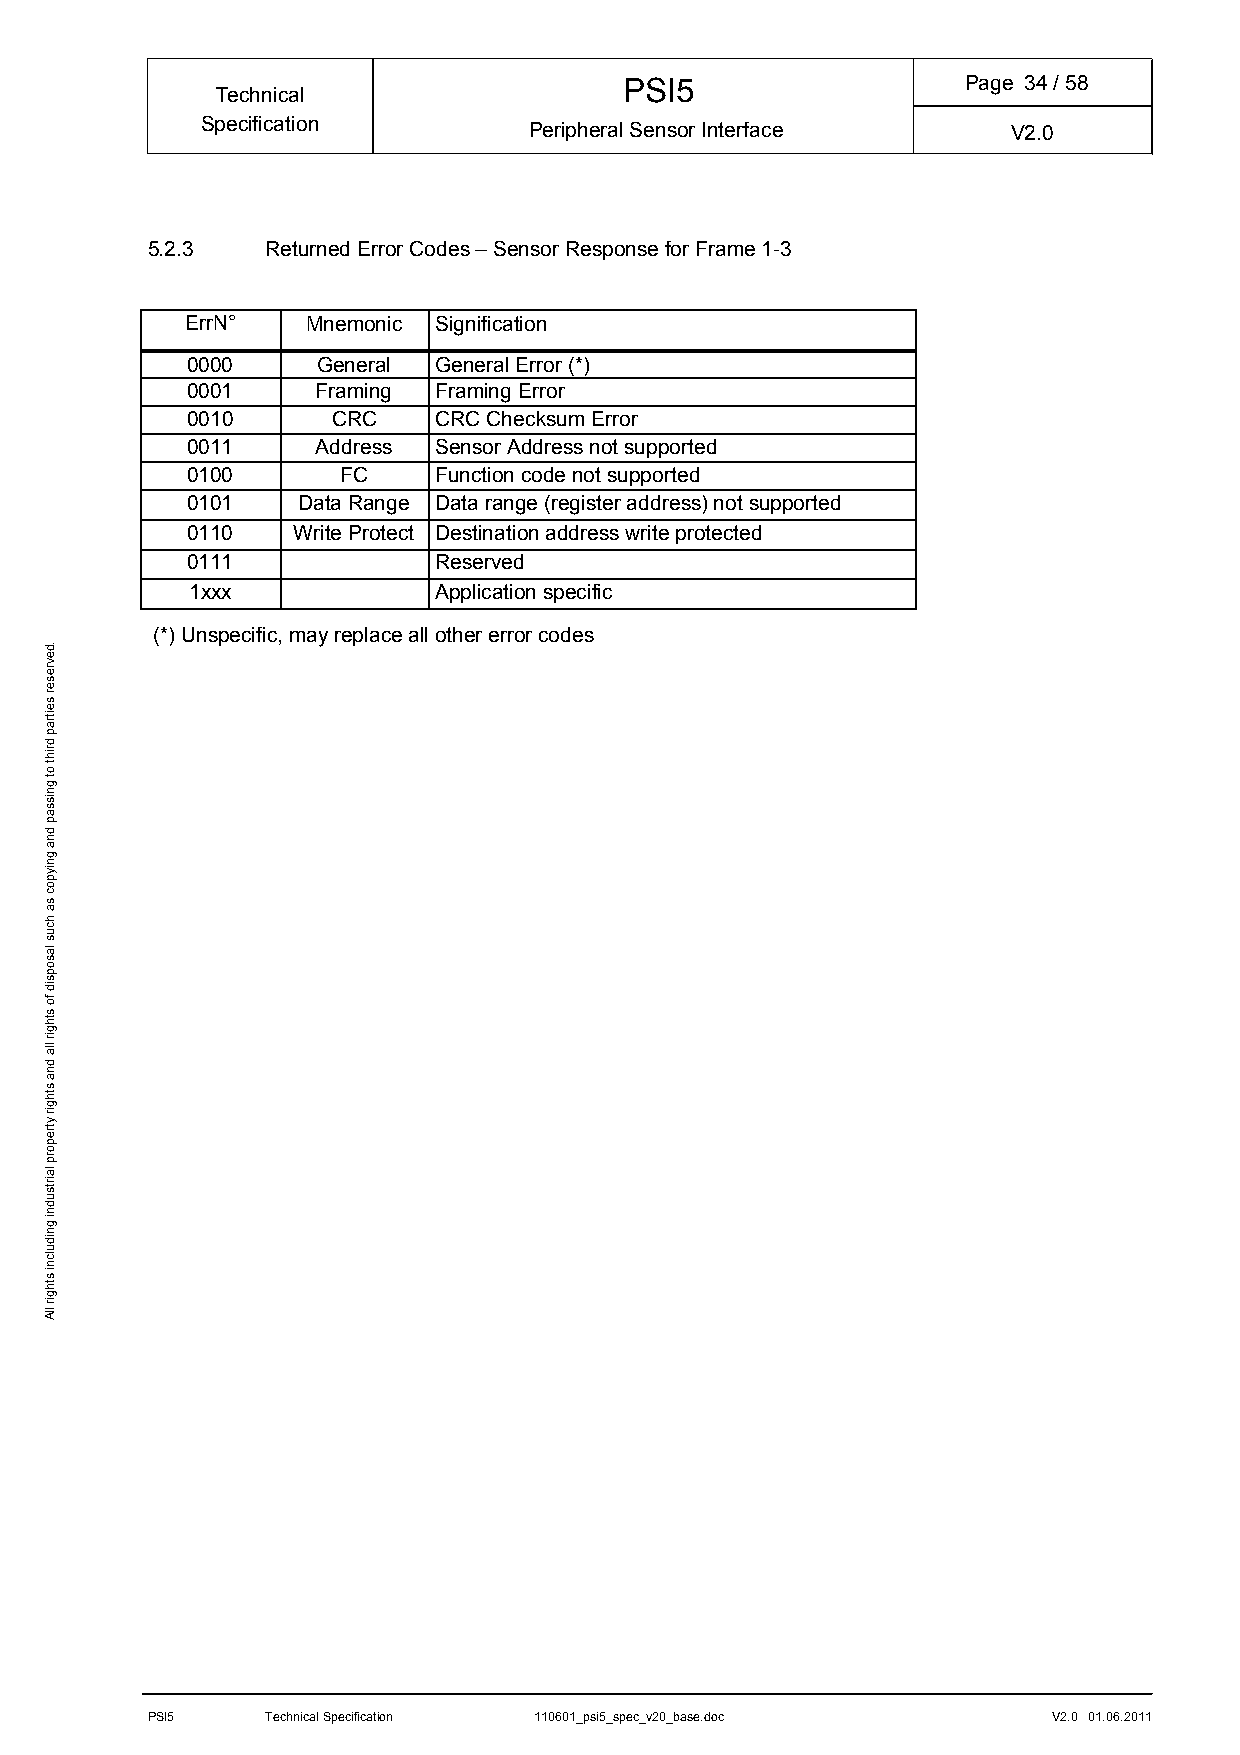
PSI5                   Page 34/ 58
 Technical
 Specification         Peripheral Sensor Interface     V2.0
 5.2.3   Returned Error Codes – Sensor Response for Frame 1-3
 ErrN°   Mnemonic Signification
 0000     General General Error (*)
 0001     Framing Framing Error
 0010      CRC    CRC Checksum Error
 0011     Address Sensor Address not supported
 0100       FC    Function code not supported
 0101    Data Range Data range (register address) not supported
 0110   Write Protect Destination address write protected
 0111             Reserved
 1xxx            Application specific
 (*) Unspecific, may replace all other error codes
 PSI5    Technical Specification 110601_psi5_spec_v20_base.doc V2.0 01.06.2011
 .devreser
 seitrap
 driht
 ot
 gnissap
 dna
 gniypoc
 sa
 hcus
 lasopsid
 fo
 sthgir
 lla
 dna
 sthgir
 ytreporp
 lairtsudni
 gnidulcni
 sthgir
 llA